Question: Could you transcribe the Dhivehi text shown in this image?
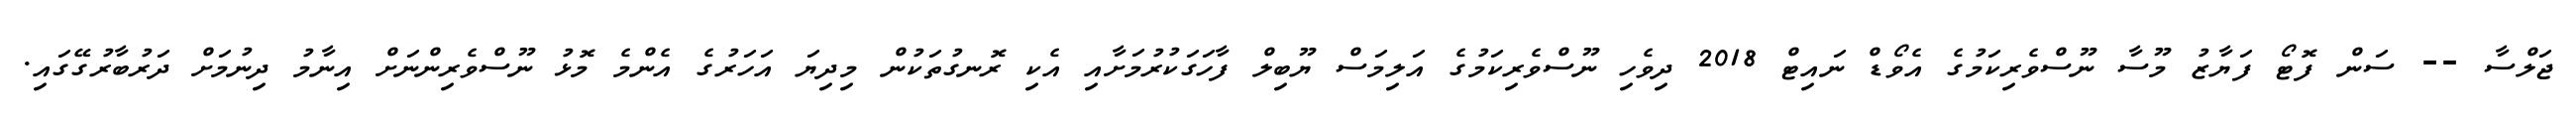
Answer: ޖަލްސާ -- ސަން ފޮޓޯ ފަޔާޒު މޫސާ ނޫސްވެރިކަމުގެ އެވޯޑް ނައިޓް 2018 ދިވެހި ނޫސްވެރިކަމުގެ އަލިމަސް ޔޫބިލް ފާހަގަކުރުމަށާއި އެކި ރޮނގުތަކުން މިދިޔަ އަހަރުގެ އެންމެ މޮޅު ނޫސްވެރިންނަށް އިނާމު ދިނުމަށް ދަރުބާރުގޭގައި.